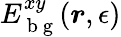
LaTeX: E_{\mathrm{~b~g~}}^{xy}(\boldsymbol{r},\epsilon)